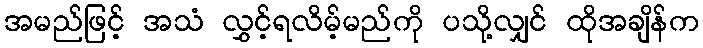
အမည်ဖြင့် အသံ လွှင့်ရလိမ့်မည်ကို ပသို့လျှင် ထိုအချိန်က